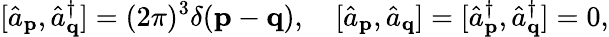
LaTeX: [{\hat{a}}_{\mathbf{p}},{\hat{a}}_{\mathbf{q}}^{\dagger}]=(2\pi)^{3}\delta(\mathbf{p}-\mathbf{q}),\quad[{\hat{a}}_{\mathbf{p}},{\hat{a}}_{\mathbf{q}}]=[{\hat{a}}_{\mathbf{p}}^{\dagger},{\hat{a}}_{\mathbf{q}}^{\dagger}]=0,